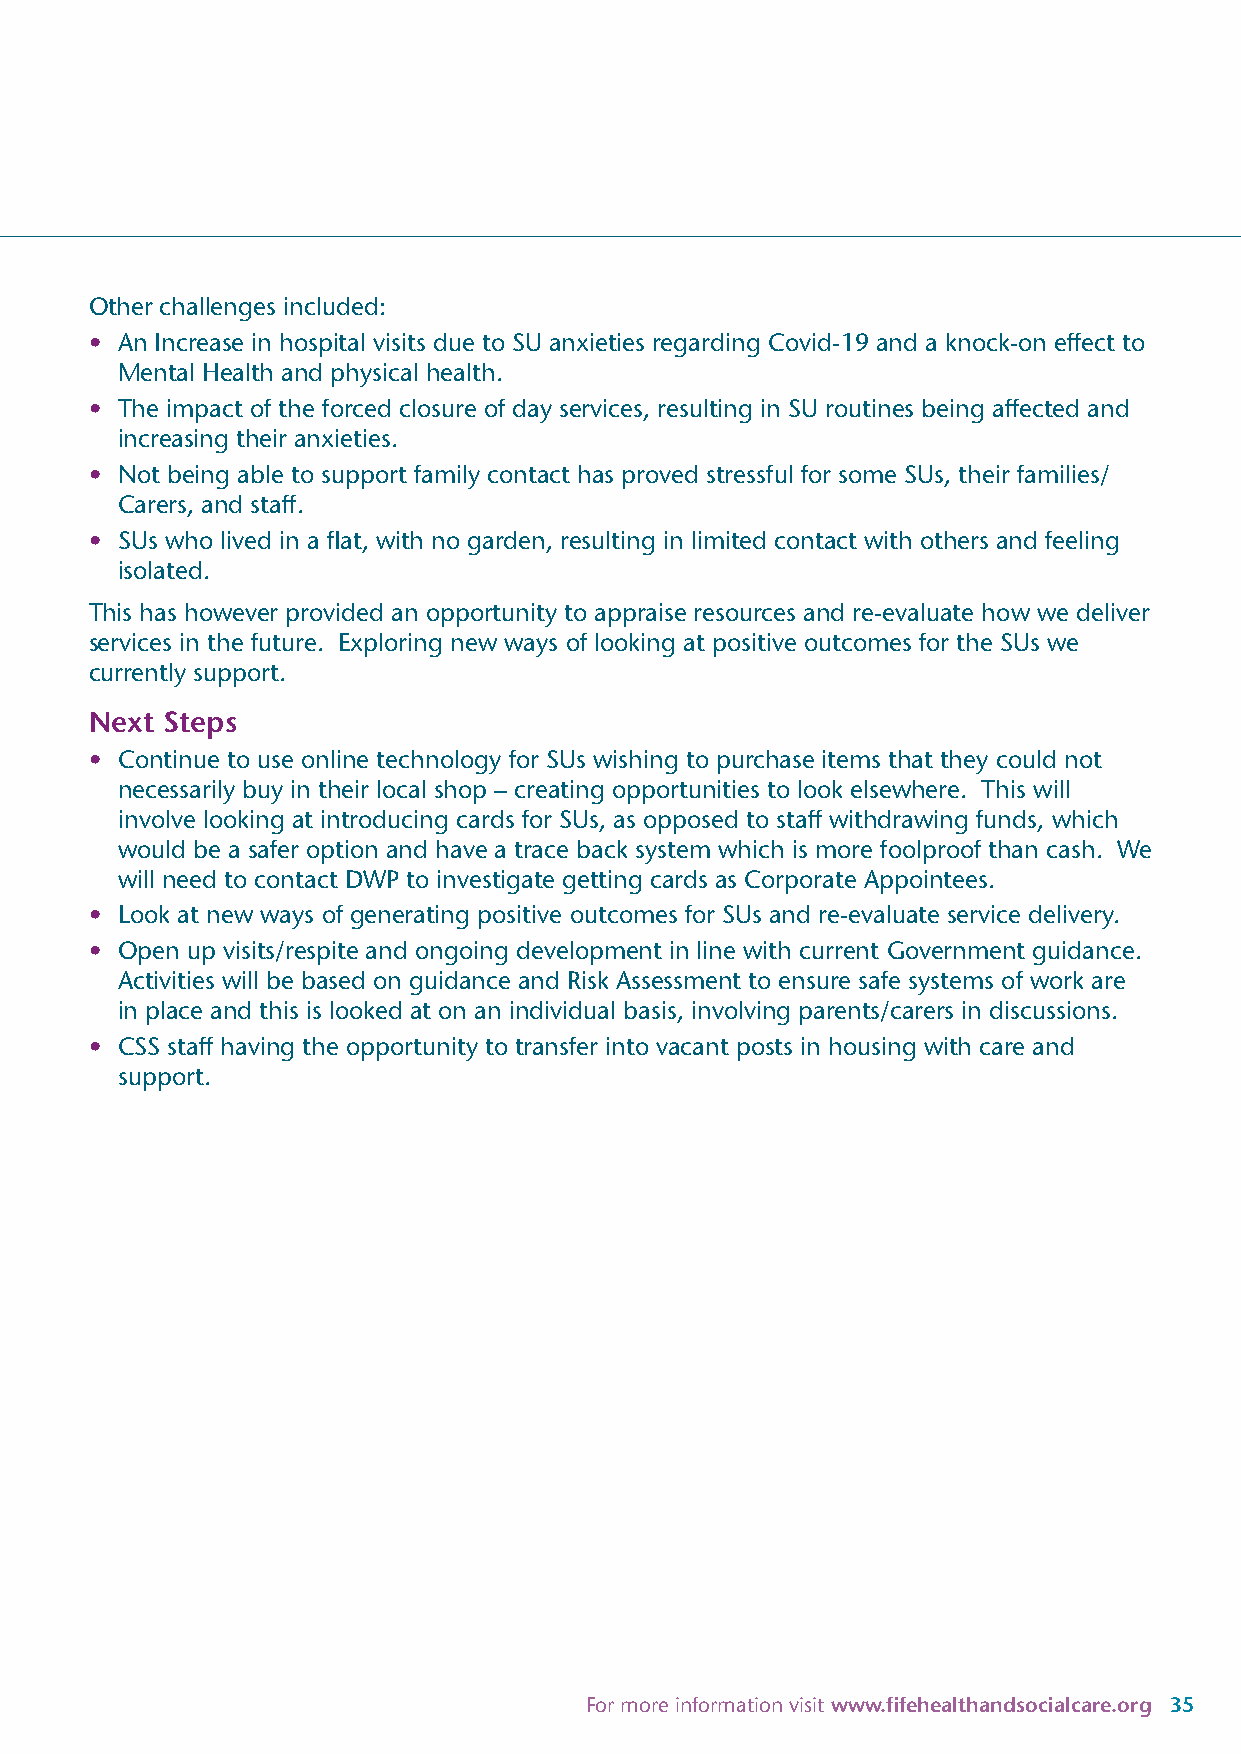
Other challenges included:
 • An Increase in hospital visits due to SU anxieties regarding Covid-19 and a knock-on effect to
 Mental Health and physical health.
 • The impact of the forced closure of day services, resulting in SU routines being affected and
 increasing their anxieties.
 • Not being able to support family contact has proved stressful for some SUs, their families/
 Carers, and staff.
 • SUs who lived in a flat, with no garden, resulting in limited contact with others and feeling
 isolated.
 This has however provided an opportunity to appraise resources and re-evaluate how we deliver
 services in the future. Exploring new ways of looking at positive outcomes for the SUs we
 currently support.
 Next Steps
 • Continue to use online technology for SUs wishing to purchase items that they could not
 necessarily buy in their local shop – creating opportunities to look elsewhere. This will
 involve looking at introducing cards for SUs, as opposed to staff withdrawing funds, which
 would be a safer option and have a trace back system which is more foolproof than cash. We
 will need to contact DWP to investigate getting cards as Corporate Appointees.
 • Look at new ways of generating positive outcomes for SUs and re-evaluate service delivery.
 • Open up visits/respite and ongoing development in line with current Government guidance.
 Activities will be based on guidance and Risk Assessment to ensure safe systems of work are
 in place and this is looked at on an individual basis, involving parents/carers in discussions.
 • CSS staff having the opportunity to transfer into vacant posts in housing with care and
 support.
 For more information visit www.fifehealthandsocialcare.org 35